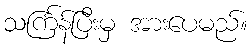
သင်္ကြန်ပြီးမှ အားပေမည်။